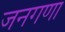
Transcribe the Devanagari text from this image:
जनगणा